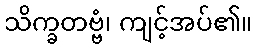
သိက္ခတဗ္ဗံ၊ ကျင့်အပ်၏။